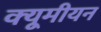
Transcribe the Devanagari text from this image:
क्यूमीयन